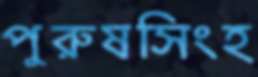
পুরুষসিংহ